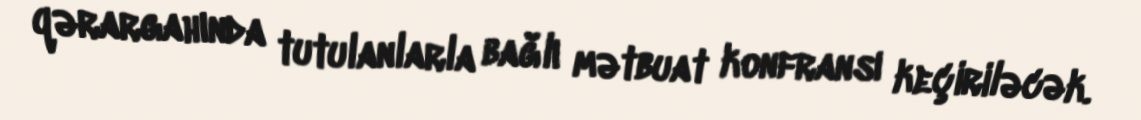
qərargahında tutulanlarla bağlı mətbuat konfransı keçiriləcək.